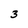
Character: 3